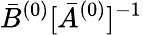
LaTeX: \bar{B}^{(0)}[\bar{A}^{(0)}]^{-1}